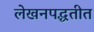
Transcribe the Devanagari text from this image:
लेखनपद्धतीत